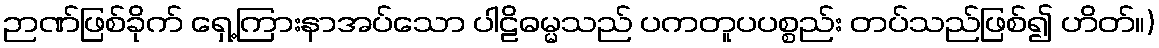
ဉာဏ်ဖြစ်ခိုက် ရှေ့ကြားနာအပ်သော ပါဠိဓမ္မသည် ပကတူပပစ္စည်း တပ်သည်ဖြစ်၍ ဟိတ်။)